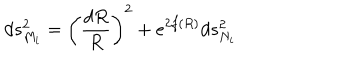
d s _ { M _ { i } } ^ { 2 } = \left( { \frac { d R } { R } } \right) ^ { 2 } + e ^ { 2 f ( R ) } d s _ { N _ { i } } ^ { 2 }